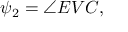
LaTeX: \psi _ { 2 } = \angle E V C ,